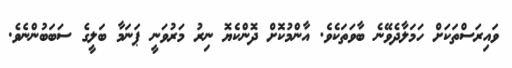
ވައިރަސްތަކަށް ހަމަލާދެވޭނެ ބާވަތަކެވެ. އާންމުކޮށް ދޮންކެޔޮ ނިރު މަރުވަނީ ޕަނަމާ ބަލީގެ ސަބަބުންނެވެ.